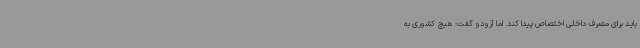
باید برای مصرف داخلی اختصاص پیدا کند. اما آزودو گفت: هیچ کشوری به